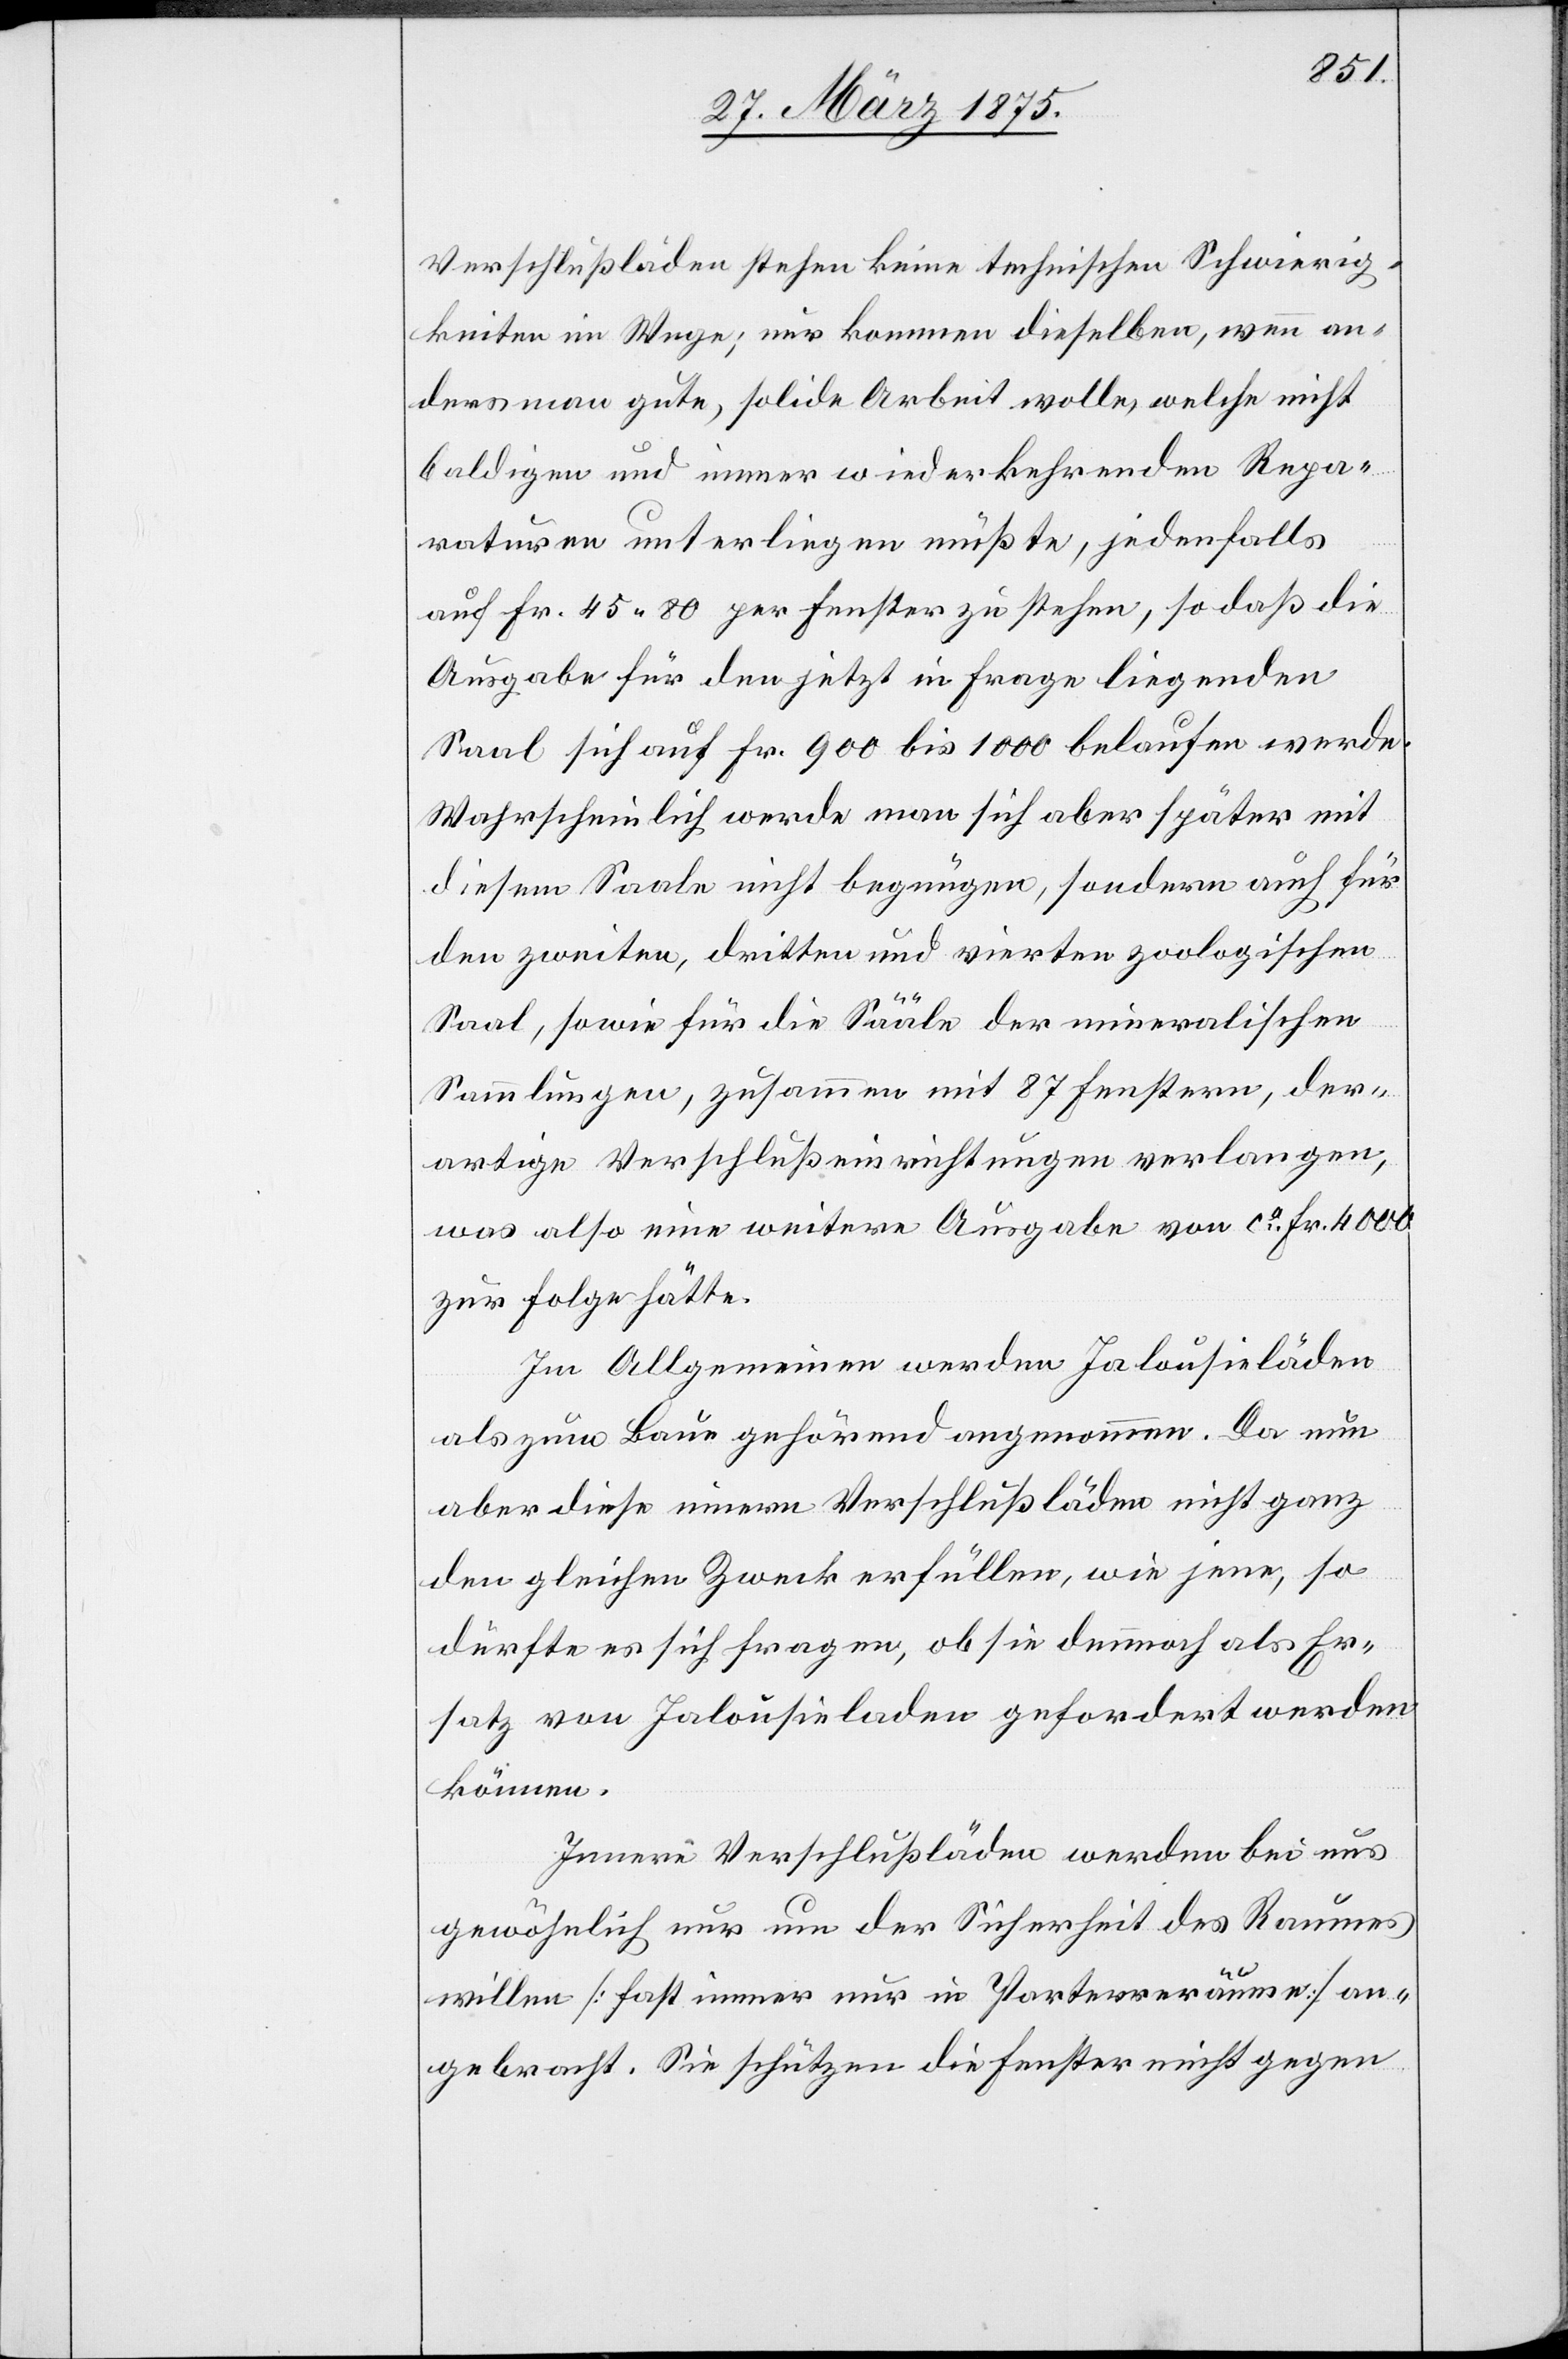
Verschlußläden stehen keine technischen Schwierig¬
keiten im Wege; nur kommen dieselben, wenn an¬
ders man gute, solide Arbeit wolle, welche nicht
baldigen und immer wiederkehrenden Repa¬
raturen unterliegen Müßte, jedenfalls
auf Fr. 45 80 gar Fenster zu stehen, so daß die
Ausgabe für den jetzt in Frage liegenden
Saal sich auf Fr. 900 bis 1000 belaufen werde.
Wahrscheinlich werde man sich aber später mit
diesem Saale nicht begnügen, sondern auch für
den zweiten, dritten und vierten zoologischen
Saal, sowie für die Sääle der mineralischen
Sammlungen, zusammen mit 87 Fenstern, der¬
artige Verschlußeinrichtungen verlangen,
was also eine weitere Ausgabe von ca Fr. 4000
zur Folge hätte.
Im Allgemeinen werden Jalousieläden
als zum Baue gehörend angenommen. Da nun
aber diese innern Verschlußläden nicht ganz
den gleichen Zweck erfüllen, wie jene, so
dürfte er sich fragen, ob sie dennnoch als Er¬
satz von Jalousieladen gefordert werden
können.
Innere Verschlußläden werden bei uns
gewöhnlich nur um der Sicherheit des Raumes
willen [fast immer nur in Parterreräumen] an¬
gebracht. Sie schützen die Fenster nicht gegen